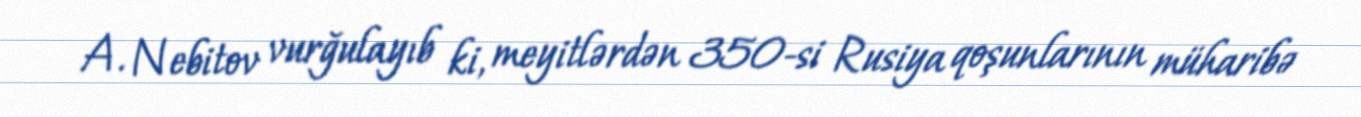
A. Nebitov vurğulayıb ki, meyitlərdən 350-si Rusiya qoşunlarının müharibə